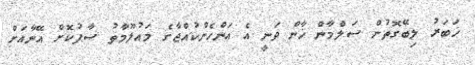
ޚަބަރު ލިބޭގޮތުން ސަލްމާން ޚާން ވަނީ އެ އަންހެންކުއްޖާގެ މައުލޫމާތު ސާފުކޮށް އޭނާއަށް